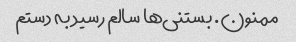
ممنون. بستنی‌ها سالم رسید به دستم